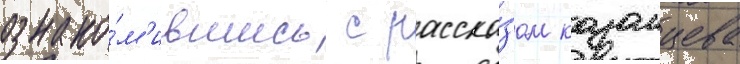
ознако́м'ившись с расска́зом казанцева